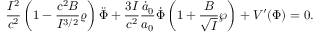
{ \frac { I ^ { 2 } } { c ^ { 2 } } } \left( 1 - { \frac { c ^ { 2 } B } { I ^ { 3 / 2 } } } \varrho \right) \ddot { \Phi } + { \frac { 3 I } { c ^ { 2 } } } { \frac { \dot { a } _ { 0 } } { a _ { 0 } } } \dot { \Phi } \left( 1 + { \frac { B } { \sqrt { I } } } \wp \right) + V ^ { \prime } ( \Phi ) = 0 .